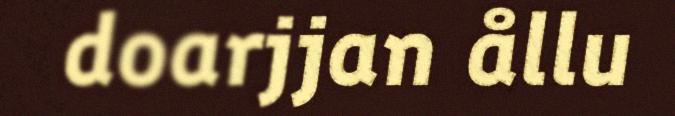
doarjjan ållu